Medical and sanitary report of the native army of Bengal for the year
Year: 1874
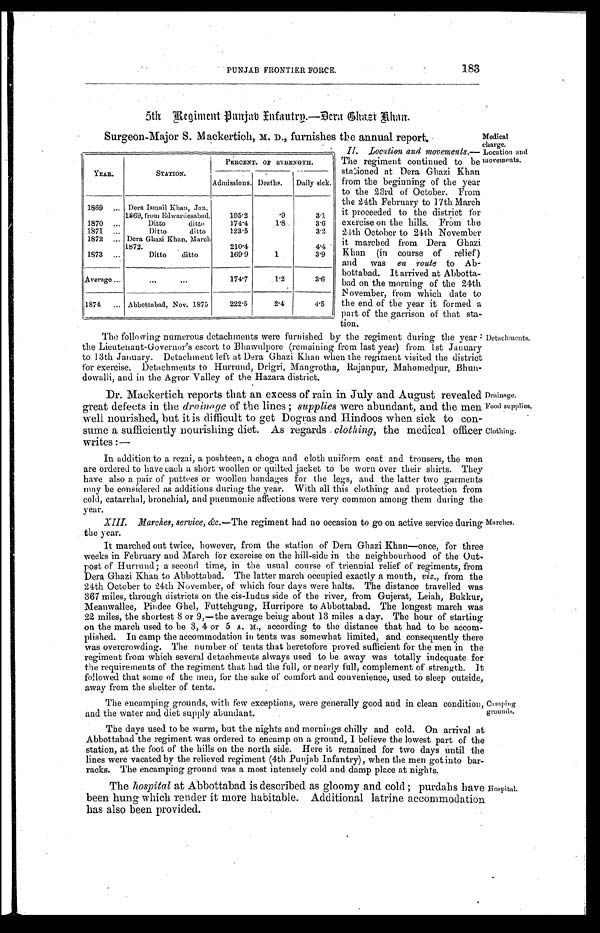
PUNJAB FRONTIER FORCE.
183
5th
Regiment Punjab Infantry.—Dera Ghazi Khan.
Surgeon-Major S. Mackertich, M. D., furnishes the annual report.
Medical
charge.
Location and
movements.
YEAR.
STATION.
PERCENT. OF STRENGTH.
Admissions. Deaths. Daily sick.
1869 ... Dera Ismail Khan, Jan.
1869, from Edwardesabad.
195.2
.9
3.1
1870 ...
Ditto
ditto
174.4
1.8
3.6
1871 ...
Ditto
ditto
123.5
3.2
1872 ... Dera Ghazi Khan, March
1872.
210.4
4.4
1873 ...
Ditto
ditto
169.9
1
3.9
Average ...
. . .
. . .
174.7
1.2
3.6
1874 ... Abbottabad, Nov. 1875
222.5
2.4
4.5
II. Location and movements.—
The regiment continued to be
stationed at Dera Ghazi Khan
from the beginning of the year
to the 23rd of October. From
the 24th February to 17th March
it proceeded to the district for
exercise on the hills. From the
24th October to 24th November
it marched from Dera Ghazi
Khan (in course of relief)
and was en route to Ab-
bottabad. It arrived at Abbotta-
bad on the morning of the 24th
November, from which date to
the end of the year it formed
a p a r t
of the garrison of that sta
tion.
The following numerous detachments were furnished by the regiment during the year
the Lieutenant-Governor's escort to Bhawulpore (remaining from last year) from 1st January
to 13th January. Detachment left at Dera Ghazi Khan when the regiment visited the district
for exercise. Detachments to Hurrund, Drigri, Mangrotha, Rajanpur, Mahomedpur, Bhun-
dowalli, and in the Agror Valley of the Hazara district.
Dr. Mackertich reports that an excess of rain in July and August revealed
great defects in the drainage of the lines; supplies were abundant, and the men
well nourished, but it is difficult to get Dogras and Hindoos when sick to con-
sume a sufficiently nourishing diet. As regards clothing, the medical officer
writes:—
In addition to a rezai, a poshteen, a choga and cloth uniform coat and trousers, the men
are ordered to have each a short woollen or quilted jacket to be worn over their shirts. They
have also a pair of puttees or woollen bandages for the legs, and the latter two garments
may be considered as additions during the year. With all this clothing and protection from
cold, catarrhal, bronchial, and pneumonic affections were very common among them during the
year.
XIII. Marches, service, &c.—The regiment had no occasion to go on active service during
the year.
It marched out twice, however, from the station of Dera Ghazi Khan—once, for three
weeks in February and March for exercise on the hill-side in the neighbourhood of the Out-
post of Hurrund; a second time, in the usual course of triennial relief of regiments, from
Dera Ghazi Khan to Abbottabad. The latter march occupied exactly a month, viz., from the
24th October to 24th November, of which four days were halts. The distance travelled was
367 miles, through districts on the cis-Indus side of the river, from Gujerat, Leiah, Bukkur,
Meanwallee, Pindee Ghel, Futtehgung, Hurripore to Abbottabad. The longest march was
22 miles, the shortest 8 or 9,—the average being about 13 miles a day. The hour of starting
on the march used to be 3, 4 or 5 A. M., according to the distance that had to be accom-
plished. In camp the accommodation in tents was somewhat limited, and consequently there
was overcrowding. The number of tents that heretofore proved sufficient for the men in the
regiment from which several detachments always used to be away was totally indequate for
the requirements of the regiment that had the full, or nearly full, complement of strength. It
followed that some of the men, for the sake of comfort and convenience, used to sleep outside,
away from the shelter of tents.
The encamping grounds, with few exceptions, were generally good and in clean condition,
and the water and diet supply abundant.
Detachments.
Drainage.
Food supplies.
Clothing.
Marches.
Camping
grounds.
The days used to be warm, but the nights and mornings chilly and cold. On arrival at
Abbottabad the regiment was ordered to encamp on a ground, I believe the lowest part of the
station, at the foot of the hills on the north side. Here it remained for two days until the
lines were vacated by the relieved regiment (4th Punjab Infantry), when the men got into bar-
racks. The encamping ground was a most intensely cold and damp place at nights.
The hospital at Abbottabad is described as gloomy and cold; purdahs have
been hung which render it more habitable. Additional latrine accommodation
has also been provided
.